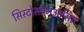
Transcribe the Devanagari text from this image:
सिस्टोसोमिआसिस